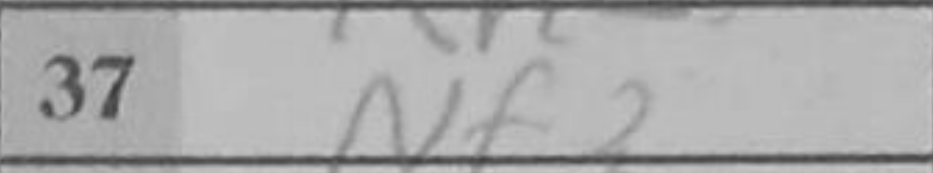
Transcription: Nf3